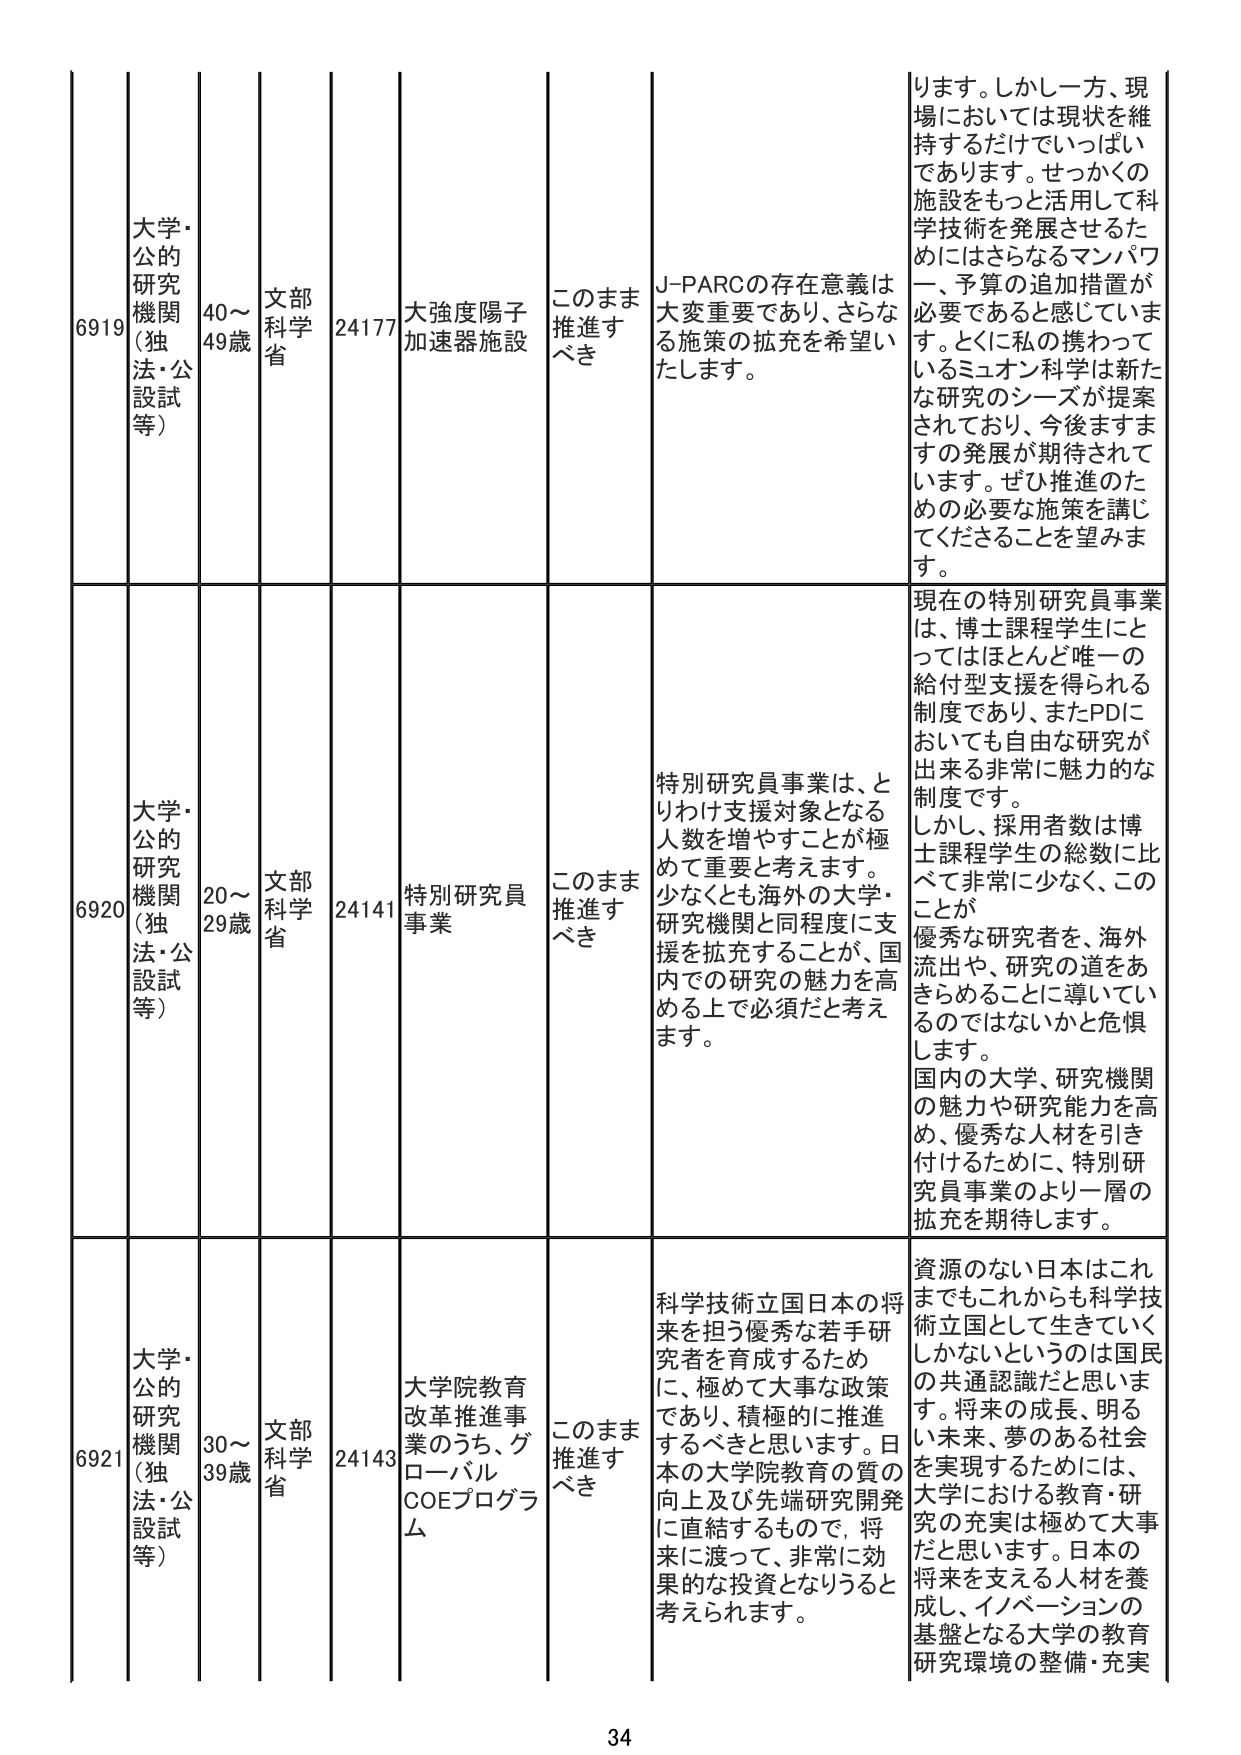
6919 大学・公的研究機関（独法・公設試等） 40～49歳 文部科学省 24177 大強度陽子加速器施設 このまま推進すべき J-PARCの存在意義は大変重要であり、さらなる施策の拡充を希望いたします。 ります。しかし一方、現場においては現状を維持するだけでいっぱいであります。せっかくの施設をもっと活用して科学技術を発展させるためにはさらなるマンパワー、予算の追加措置が必要であると感じています。とくに私の携わっているミュオン科学は新たな研究のシーズが提案されており、今後ますますの発展が期待されています。ぜひ推進のための必要な施策を講じてくださることを望みます。

6920 大学・公的研究機関（独法・公設試等） 20～29歳 文部科学省 24141 特別研究員事業 このまま推進すべき 特別研究員事業は、とりわけ支援対象となる人数を増やすことが極めて重要と考えます。少なくとも海外の大学・研究機関と同程度に支援を拡充することが、国内での研究の魅力を高める上で必須だと考えます。 現在の特別研究員事業は、博士課程学生にとってはほとんど唯一の給付型支援を得られる制度であり、またPDにおいても自由な研究が出来る非常に魅力的な制度です。しかし、採用者数は博士課程学生の総数に比べて非常に少なく、このことが優秀な研究者を、海外流出や、研究の道をあきらめることに導いているのではないかと危惧します。国内の大学、研究機関の魅力や研究能力を高め、優秀な人材を引き付けるために、特別研究員事業のより一層の拡充を期待します。

6921 大学・公的研究機関（独法・公設試等） 30～39歳 文部科学省 24143 大学院教育改革推進事業のうち、グローバルCOEプログラム このまま推進すべき 科学技術立国日本の将来を担う優秀な若手研究者を育成するためには、極めて大事な政策であり、積極的に推進するべきと思います。日本の大学院教育の質の向上及び先端研究開発に直結するもので、将来に渡って、非常に効果的な投資となりうると考えられます。 資源のない日本はこれまでもこれからも科学技術立国として生きていくしかないというのは国民の共通認識だと思います。将来の成長、明るい未来、夢のある社会を実現するためには、大学における教育・研究の充実は極めて大事だと思います。日本の将来を支える人材を養成し、イノベーションの基盤となる大学の教育研究環境の整備・充実

34